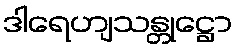
ဒါရေဟျသန္တုဋ္ဌော